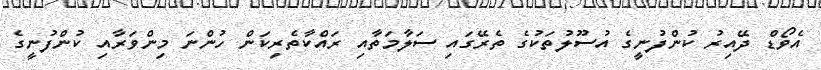
އެވޯޑް ދޭއިރު ކުންފުނީގެ އުސޫލުތަކުގެ ތެރޭގައި ސަލާމަތާއި ރައްކާތެރިކަން ހުންނަ މިންވަރާއި ކުންފުނީގެ